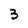
Character: 3